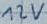
Text: 12V